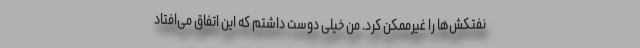
نفتکش‌ها را غیرممکن کرد. من خیلی دوست داشتم که این اتفاق می‌افتاد